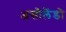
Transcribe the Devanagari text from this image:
असोलैंडो